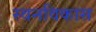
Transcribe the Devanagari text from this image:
स्वनविकास